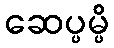
ဆေပ္ပမ္ပိ